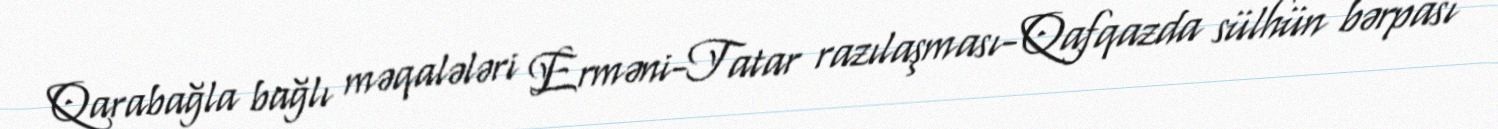
Qarabağla bağlı məqalələri Erməni-Tatar razılaşması- Qafqazda sülhün bərpası